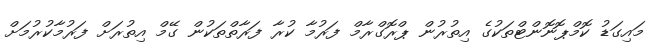
މައިގަޑު ކޮމްޕޮނޮންޓްތަކުގެ އިތުރުން ޕްރޮގްރާމް ފަރުމާ ކުރާ ފަރާތްތަކުން ގޭމް އިތުރަށް ފަރުމާކުރުމަށް